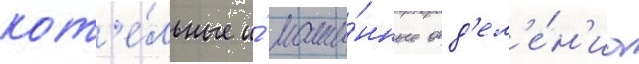
кот'е́льные и́ маши́нные отд'ел'е́н'иа